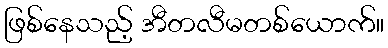
ဖြစ်နေသည့် အီတလီမတစ်ယောက်။